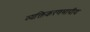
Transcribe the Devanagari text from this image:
व्यक्तिकरणमापीय